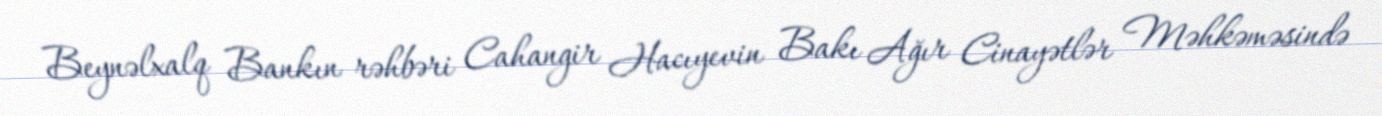
Beynəlxalq Bankın rəhbəri Cahangir Hacıyevin Bakı Ağır Cinayətlər Məhkəməsində